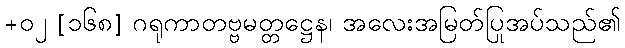
+၀၂ [၁၆၈] ဂရုကာတဗ္ဗမတ္တဋ္ဌေန၊ အလေးအမြတ်ပြုအပ်သည်၏